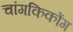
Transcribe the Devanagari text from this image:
चांगकिकोंग